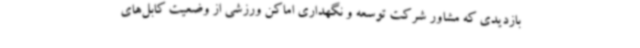
بازدیدی که مشاور شرکت توسعه و نگهداری اماکن ورزشی از وضعیت کابل‌های